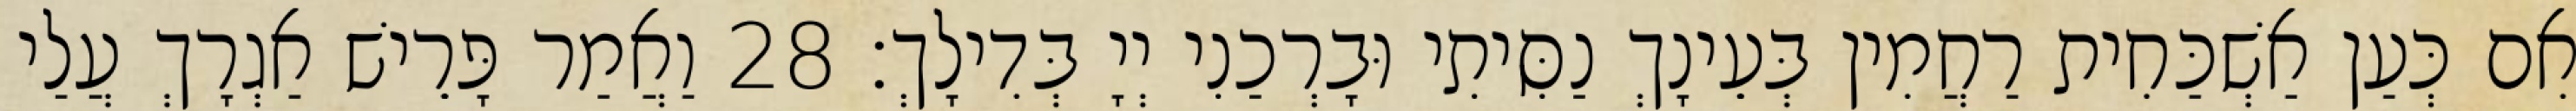
אִם כְּעַן אַשְׁכַּחִית רַחֲמִין בְּעֵינָךְ נַסִּיתִי וּבָרְכַנִי יְיָ בְּדִילָךְ׃ 28 וַאֲמַר פָּרֵישׁ אַגְרָךְ עֲלַי